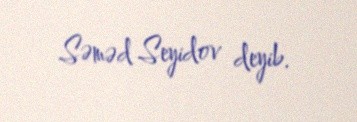
Səməd Seyidov deyib.